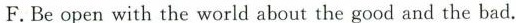
F.Be open with the world about the good and the bad.